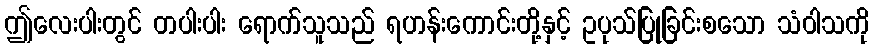
ဤလေးပါးတွင် တပါးပါး ရောက်သူသည် ရဟန်းကောင်းတို့နှင့် ဥပုသ်ပြုခြင်းစသော သံဝါသကို